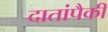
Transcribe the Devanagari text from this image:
दातांपैकी